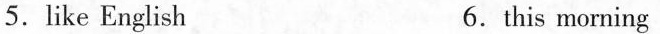
5.ike English 6.this morning